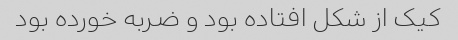
کیک از شکل افتاده بود و ضربه خورده بود